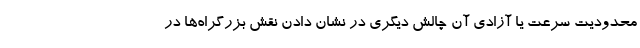
محدودیت سرعت یا آزادی آن چالش دیگری در نشان دادن نقش بزرگراه‌ها در